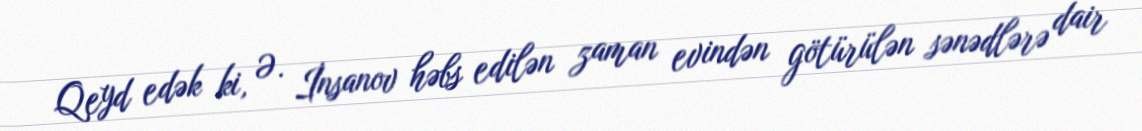
Qeyd edək ki, Ə. İnsanov həbs edilən zaman evindən götürülən sənədlərə dair